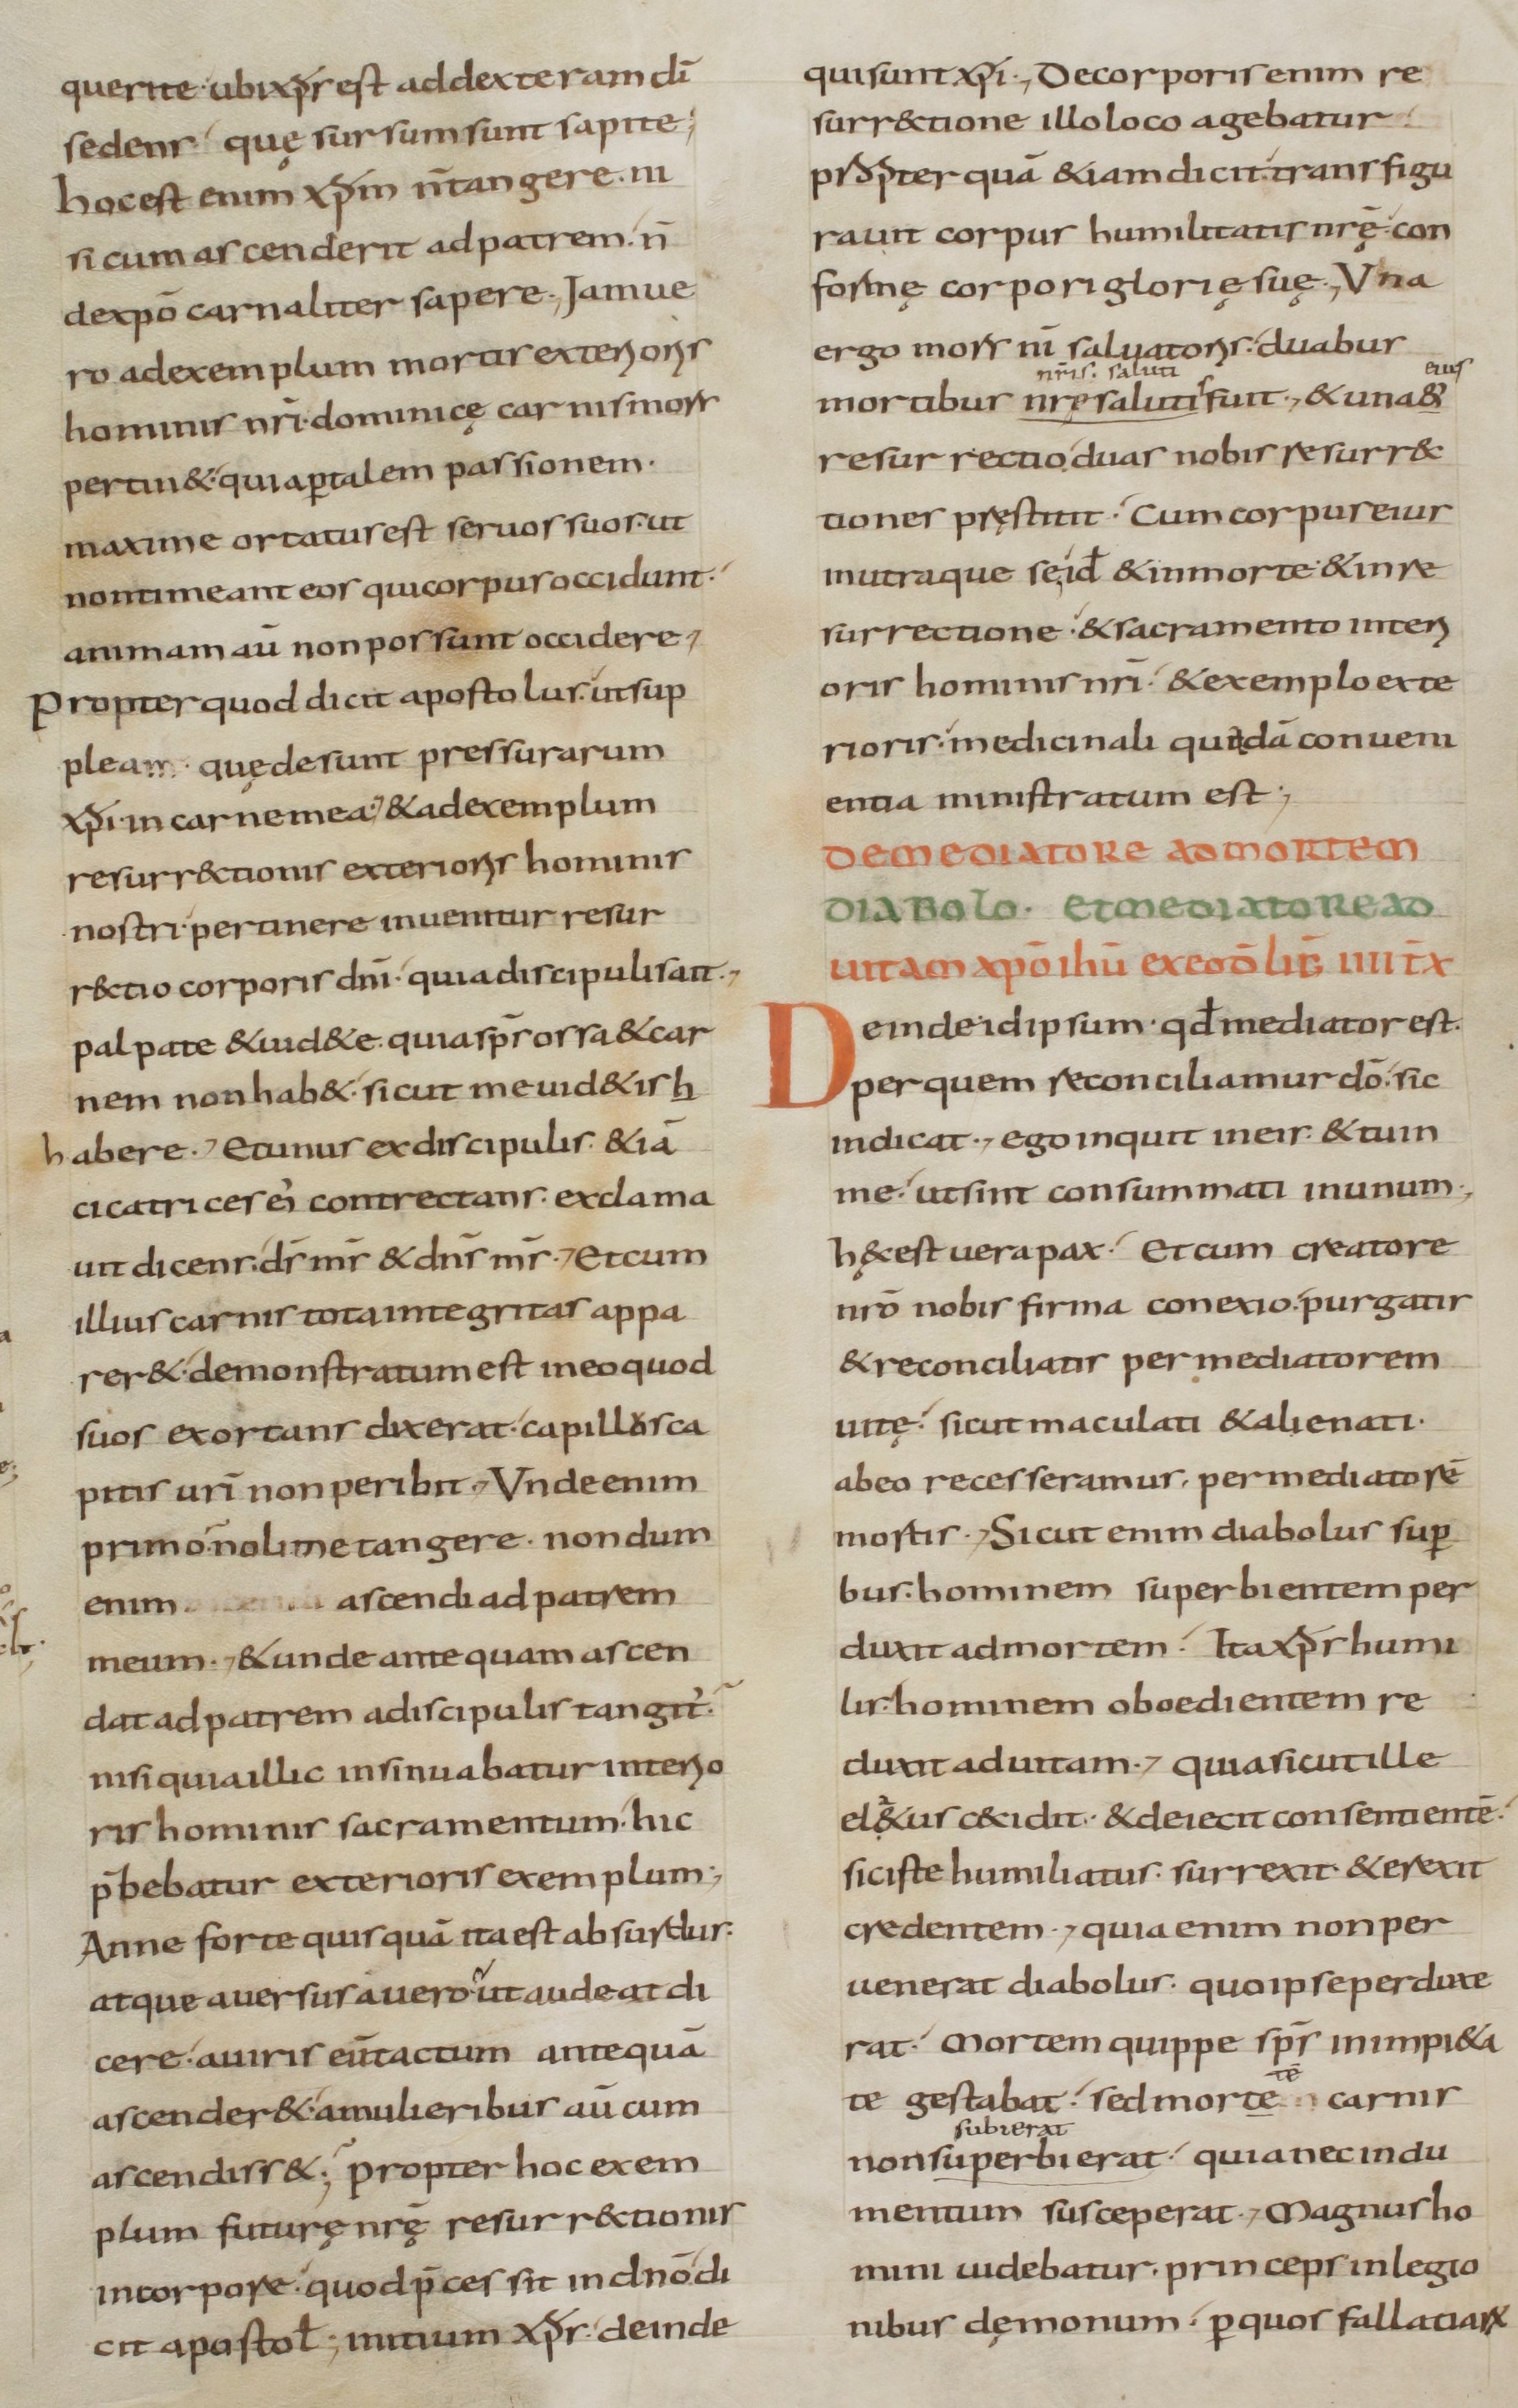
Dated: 800–899